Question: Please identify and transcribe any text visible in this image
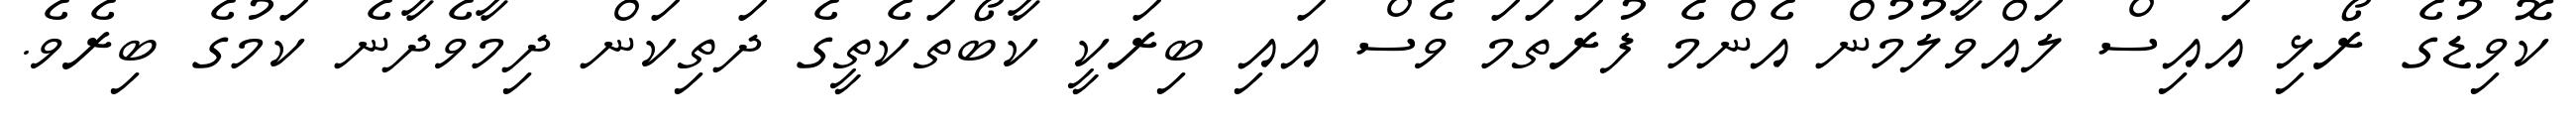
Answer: ކޮވިޑުގެ ރޯޅި އައިސް ލައްވާލުމުން އެންމެ ފުރަތަމަ ވެސް އައި ބިރަކީ ކާބޯތަކެތީގެ ދަތިކަން ދިމާވެދާނެ ކަމުގެ ބިރެވެ.